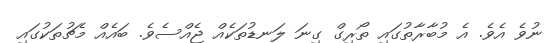
ނުވެ އެވެ. އެ މުބާރާތުގައި ތޯރިގް ގިނަ ލަނޑުތަކެއް ޖެއްސެވެ. ބައެއް މެޗުތަކުގައި